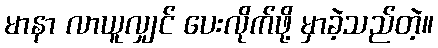
မာနာ လာယူလျှင် ပေးလိုက်ဖို့ မှာခဲ့သည်တဲ့။